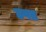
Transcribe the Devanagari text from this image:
छपत